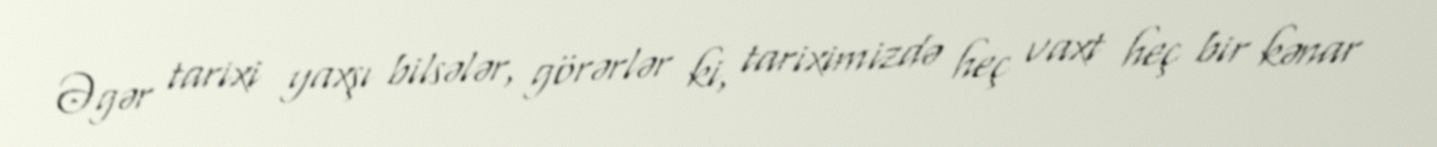
Əgər tarixi yaxşı bilsələr, görərlər ki, tariximizdə heç vaxt heç bir kənar